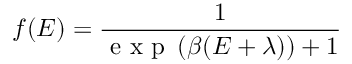
f ( E ) = \frac { 1 } { \mathrm { ~ e ~ x ~ p ~ } \left( \beta ( E + \lambda ) \right) + 1 }